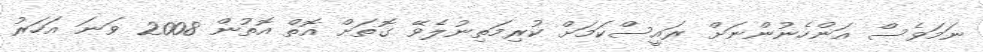
ނަމަވެސް އަންހެނުންނަށް ރައީސްކަމަށް ކުރިމަތިނުލެވޭ ގޮތަށް އޮތް އޮތުން 2008 ވަނަ އަހަރު